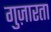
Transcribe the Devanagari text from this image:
गुज़ारता